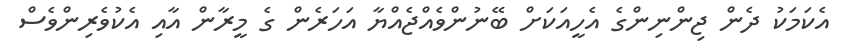
އެކަމަކު ދެން ޖިންނިންގެ އެހީއަކަށް ބޭނުންވެއްޖެއްޔާ އަހަރެން ގެ މީރާން އާއި އެކުވެރިންވެސް